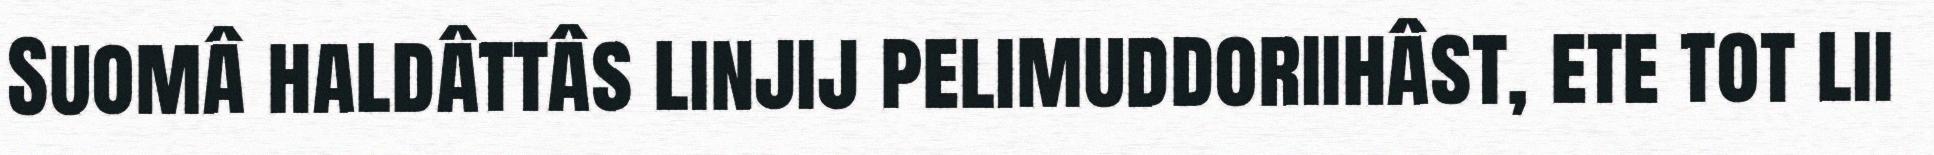
Suomâ haldâttâs linjij pelimuddoriihâst, ete tot lii